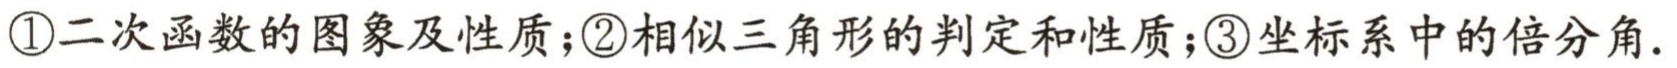
\textcircled{1}二次函数的图象及性质；\textcircled{2}相似三角形的判定和性质；\textcircled{3}坐标系中的倍分角.